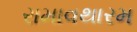
રામાવથારમ